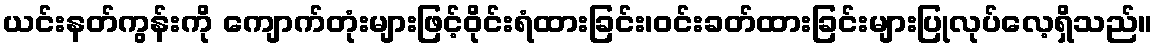
ယင်းနတ်ကွန်းကို ကျောက်တုံးများဖြင့်ဝိုင်းရံထားခြင်း၊ဝင်းခတ်ထားခြင်းများပြုလုပ်လေ့ရှိသည်။